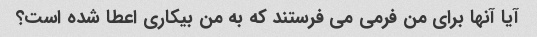
آیا آنها برای من فرمی می فرستند که به من بیکاری اعطا شده است؟